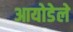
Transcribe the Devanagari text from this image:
आयोडेले